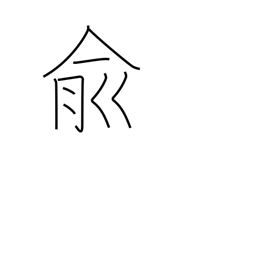
Meaning: affirmative response